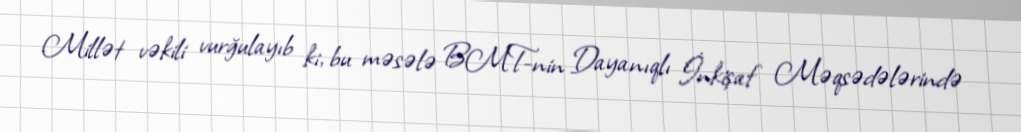
Millət vəkili vurğulayıb ki, bu məsələ BMT-nin Dayanıqlı İnkişaf Məqsədələrində